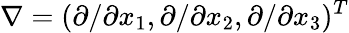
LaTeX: \nabla=(\partial/\partial x_{1},\partial/\partial x_{2},\partial/\partial x_{3})^{T}